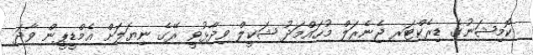
ކޮމިޝަނުގެ ޑިރެކްޓަރ ޖެނެރަލް މުހައްމަދު ޝަކީލް ވިދާޅުވީ ރޭގެ ނިޔަލަށް އެމްޑީޕީން ވާދަ